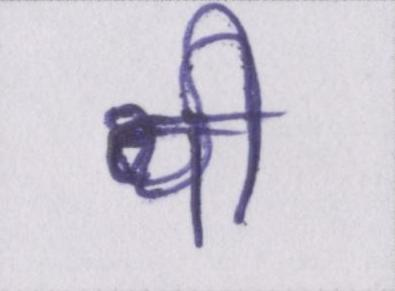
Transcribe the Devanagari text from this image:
थी